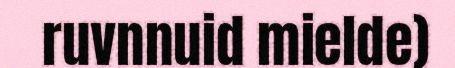
ruvnnuid mielde)